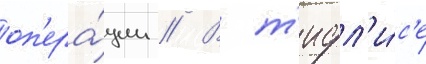
оп'ера́ции // В т'ифл'и́с'е